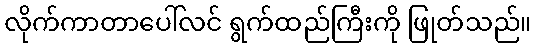
လိုက်ကာတာပေါ်လင် ရွက်ထည်ကြီးကို ဖြုတ်သည်။